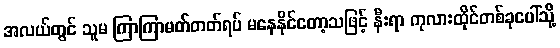
အလယ်တွင် သူမ ကြာကြာမတ်တတ်ရပ် မနေနိုင်တော့သဖြင့် နီးရာ ကုလားထိုင်တစ်ခုပေါ်သို့